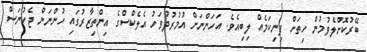
ބޭރުކޮށްލެވުމުން ހިތަށް ފިނިކަމެއް ލިބިއެވެ. އަހަންނަށް އުމުރުދުވަހު އެލެކްސްގެ އިންތިޒާރުގައި ހުންނަން ޖެހުނަސް